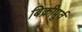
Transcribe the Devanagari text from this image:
बिक्रीपूर्व